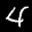
Label: 4